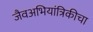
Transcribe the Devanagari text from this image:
जैवअभियांत्रिकीचा